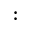
: